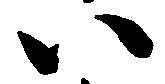
八